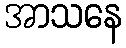
အာသနေ